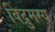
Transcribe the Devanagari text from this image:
विद्रुमस्य